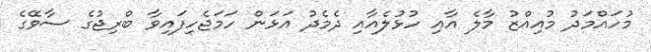
މުހައްމަދު މުއިއްޒު މާލެ އާއި ހުޅުލެއާއި ދެމެދު އަޅަން ހަމަޖެހިފައިވާ ބްރިޖުގެ ސާވޭގެ